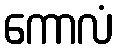
ကောလံ